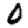
Digit: 0